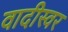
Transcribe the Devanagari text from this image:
वादीस्वर